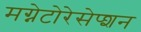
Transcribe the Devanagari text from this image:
मग्नेटोरेसेप्शन